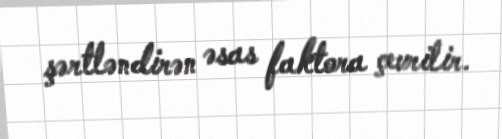
şərtləndirən əsas faktora çevrilir.